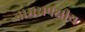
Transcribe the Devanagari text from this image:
तामसपक्षीय